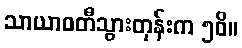
သာယာဝတီသွားတုန်းက ၅၀ိ။